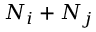
N _ { i } + N _ { j }